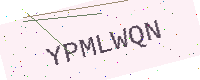
Text: YPMLWQN